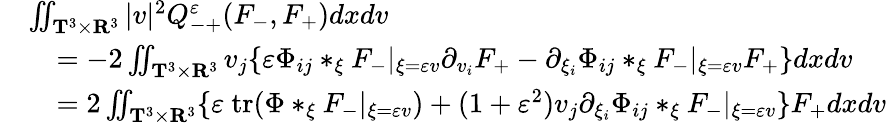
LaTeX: \begin{array}{rl}&{\iint_{\mathbf T^{3}\times\mathbf R^{3}}|v|^{2}Q_{-+}^{\varepsilon}(F_{-},F_{+})dxdv}\\ &{\quad=-2\iint_{\mathbf T^{3}\times\mathbf R^{3}}v_{j}\{ \varepsilon\Phi_{ij}*_{\xi}F_{-}|_{\xi=\varepsilon v}\partial_{v_{i}}F_{+}-\partial_{\xi_{i}}\Phi_{ij}*_{\xi}F_{-}|_{\xi=\varepsilon v}F_{+}\} dxdv}\\ &{\quad=2\iint_{\mathbf T^{3}\times\mathbf R^{3}}\{ \varepsilon\ \mathrm{tr}(\Phi*_{\xi}F_{-}|_{\xi=\varepsilon v})+(1+\varepsilon^{2})v_{j}\partial_{\xi_{i}}\Phi_{ij}*_{\xi}F_{-}|_{\xi=\varepsilon v}\} F_{+}dxdv}\end{array}